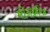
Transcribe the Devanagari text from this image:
मोनक्रीफ़